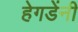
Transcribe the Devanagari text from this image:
हेगडेंनी